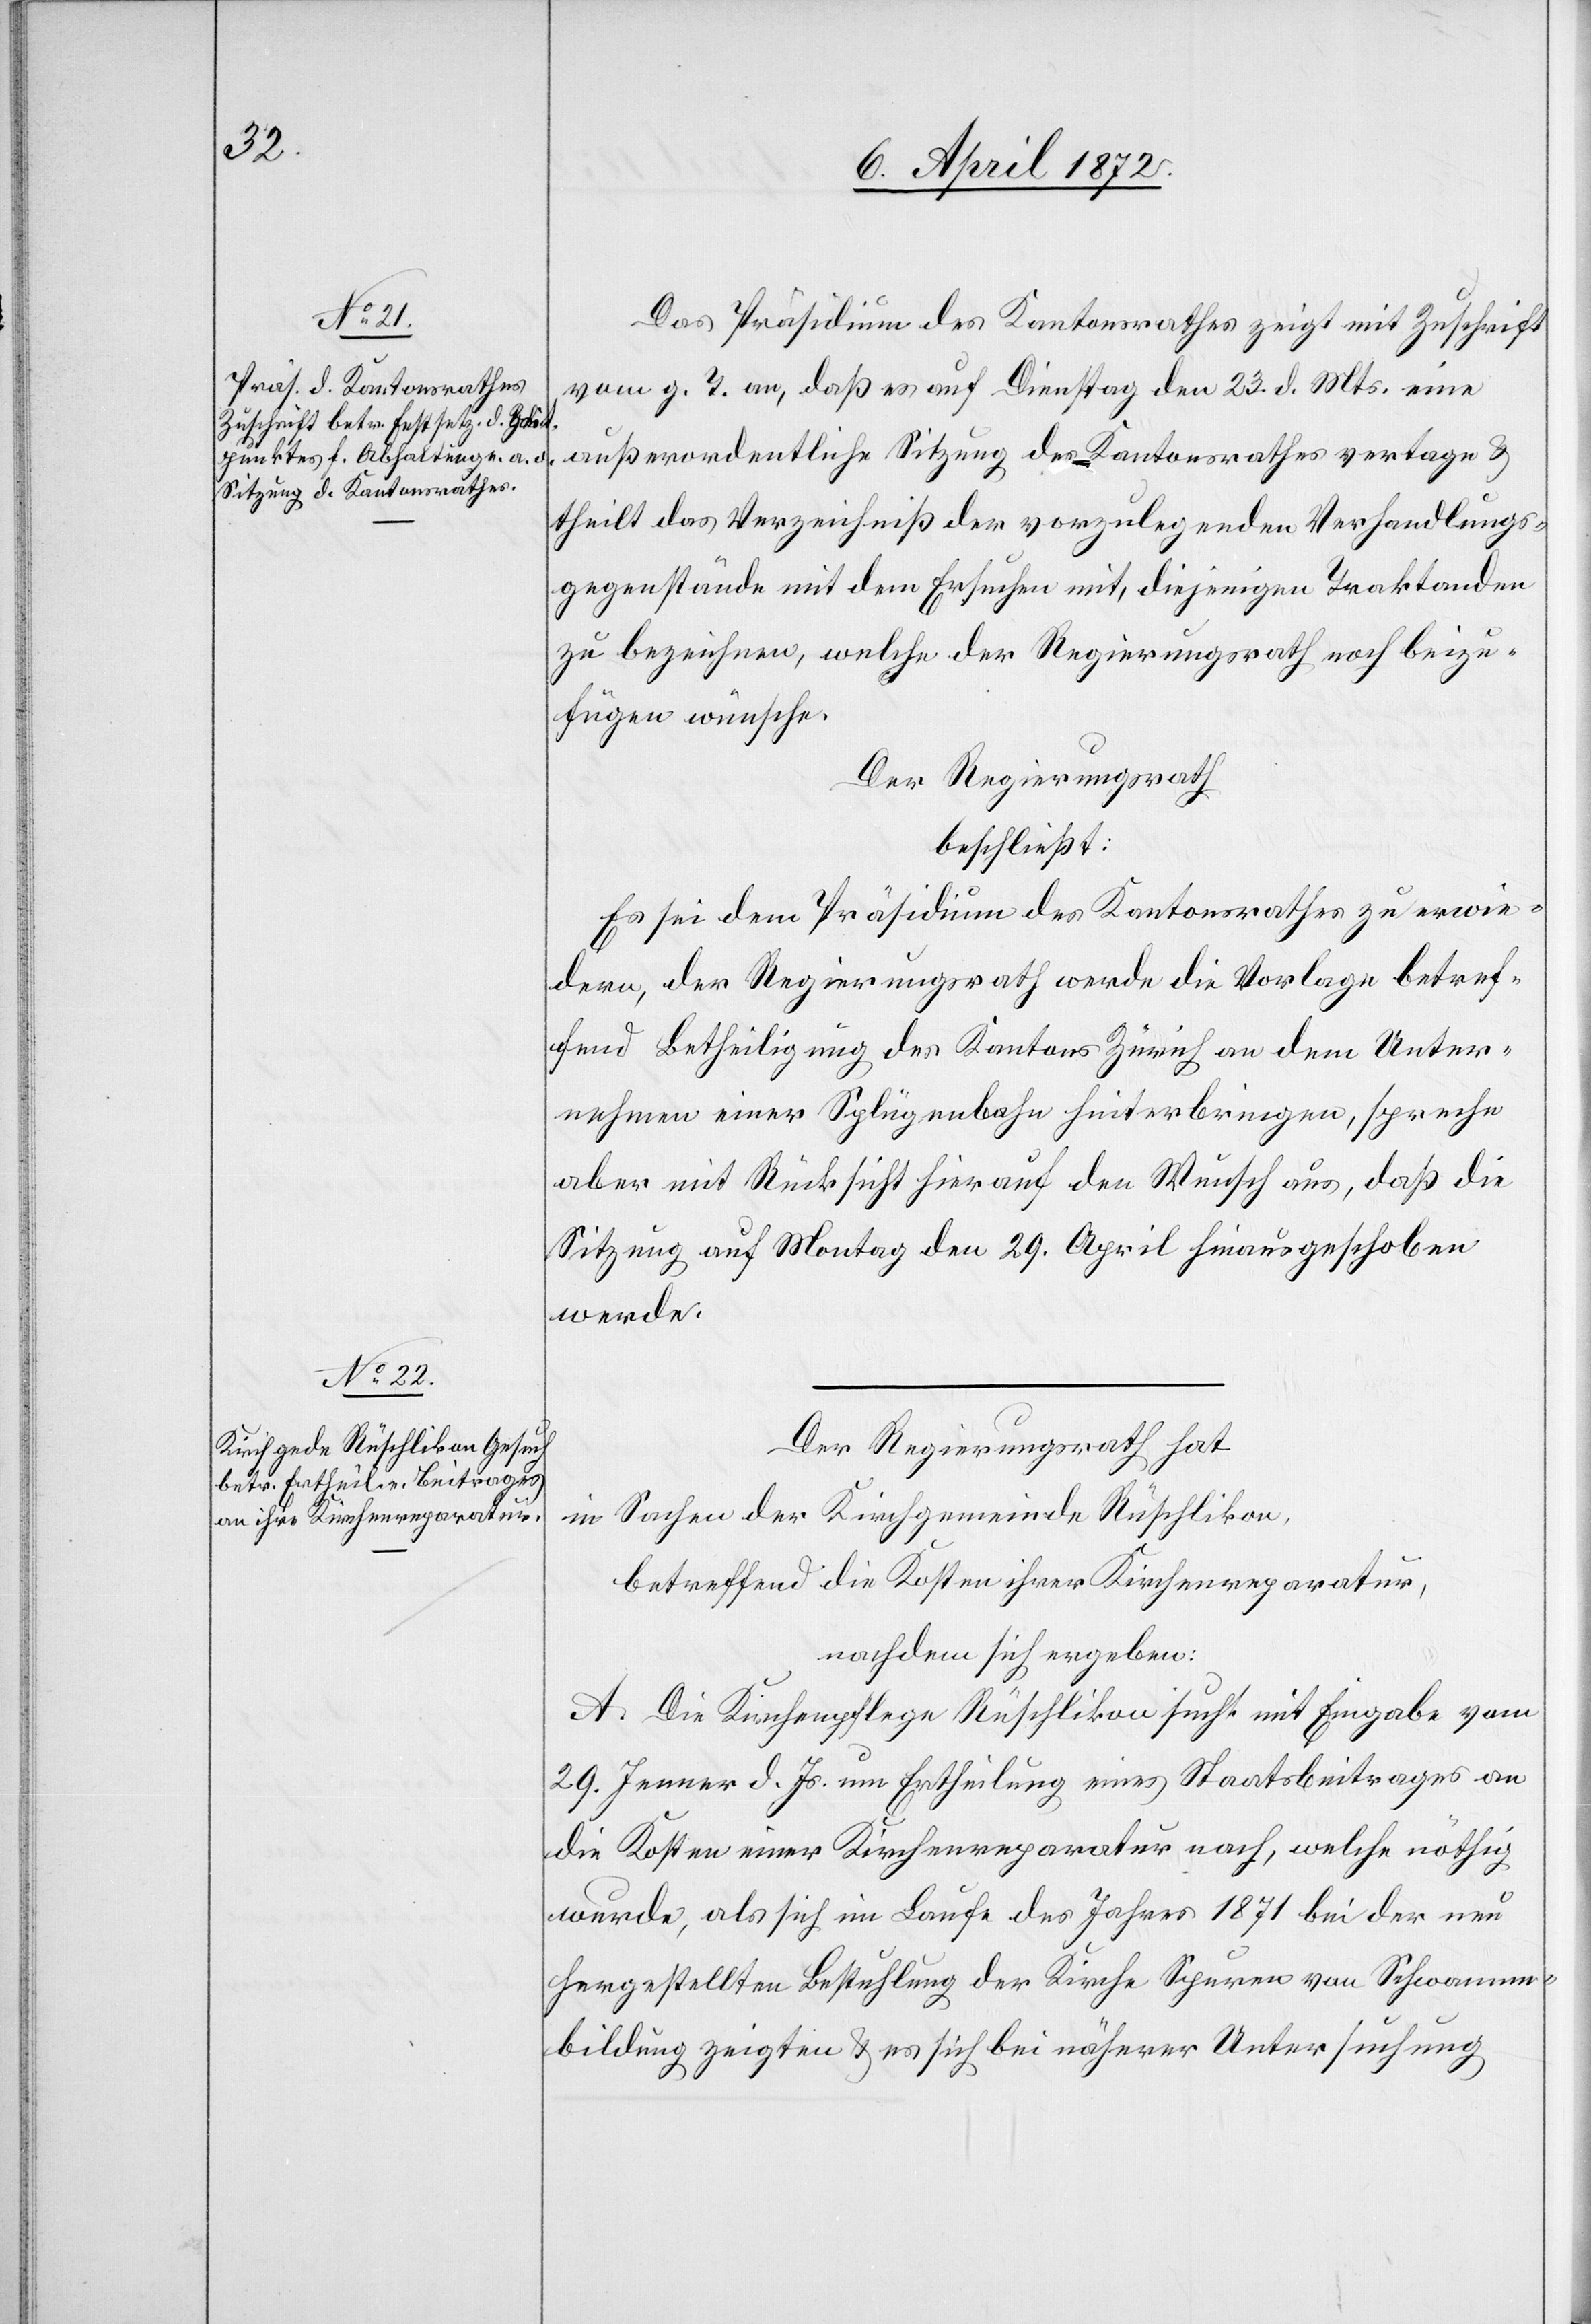
Das Präsidium des Kantonsrathes zeigt mit Zuschrift
vom g. T. an, daß es auf Dienstag den 23. d. Mts. eine
Sitzung des Kantonsrathes
u.
theilt das Verzeichniß der vorzulegenden Verhandlungs¬
gegenstände mit dem Ersuchen mit, diejenigen Traktanden
zu bezeichnen, welche der Regierungsrath noch beizu¬
fügen wünsche.
Der Regierungsrath
beschließt:
Es sei dem Präsidium des Kantonsrathes zu erwie¬
dern, der Regierungsrath werde die Vorlage betref¬
fend Betheiligung des Kantons Zürich an dem Unter¬
nehmen einer Splügenbahn hinterbringen, spreche
aber mit Rücksicht hierauf den Wunsch aus, daß die
Sitzung auf Montag den 29. April hinausgeschoben
werde.
Der Regierungsrath hat
in Sachen der Kirchgemeinde Rüschlikon,
betreffend die Kosten ihrer Kirchenreparatur,
nachdem sich ergeben:
A. Die Kirchenpflege Rüschlikon sucht mit Eingabe vom
29. Jenner d. Js. um Ertheilung eines Staatsbeitrages an
die Kosten einer Kirchenreparatur nach, welche nöthig
wurde, als sich im Laufe des Jahres 1871 bei der neu
hergestellten Bestuhlung der Kirche Spuren von Schwamm¬
bildung zeigten u. es sich bei näherer Untersuchung